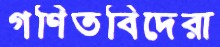
গণিতবিদেরা